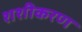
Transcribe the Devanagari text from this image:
शशीकरण